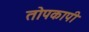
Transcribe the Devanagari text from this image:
तोपकापी